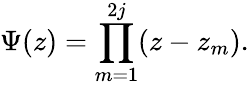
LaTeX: \Psi(z)=\prod_{m=1}^{2j}(z-z_{m}).